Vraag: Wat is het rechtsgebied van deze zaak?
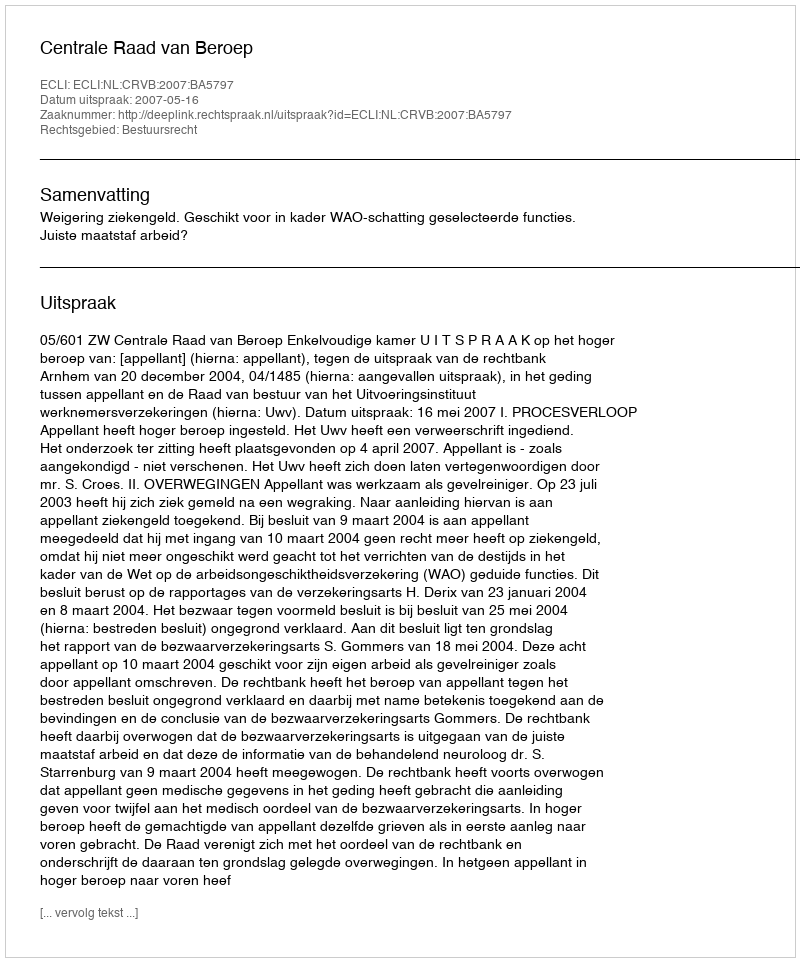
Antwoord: Bestuursrecht